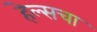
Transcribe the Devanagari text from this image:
हेल्सचा